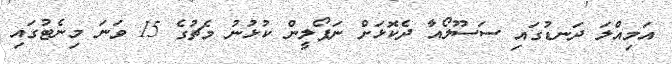
އަމިއްލަ ދަނޑުގައި ސަސޫލޯއާ ދެކޮޅަށް ނަޕޯލީން ކުޅުނު މެޗުގެ 15 ވަނަ މިނެޓުގައި